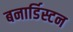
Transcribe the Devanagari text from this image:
बनार्डिस्टन